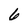
Character: 6